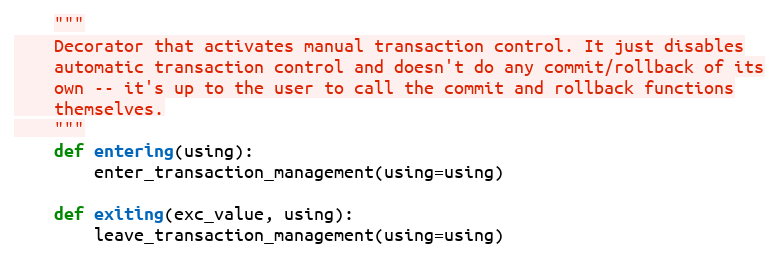
Language: Python
    """
    Decorator that activates manual transaction control. It just disables
    automatic transaction control and doesn't do any commit/rollback of its
    own -- it's up to the user to call the commit and rollback functions
    themselves.
    """
    def entering(using):
        enter_transaction_management(using=using)

    def exiting(exc_value, using):
        leave_transaction_management(using=using)